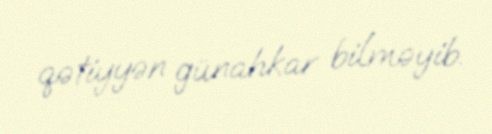
qətiyyən günahkar bilməyib.